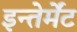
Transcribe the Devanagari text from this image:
इन्तेर्मेंट